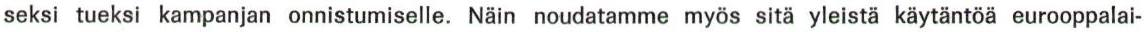
seksi tueksi kampanjan onnistumiselle. Näin noudatamme myös sitä yleistä käytäntöä eurooppalai-